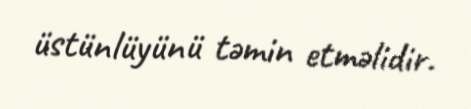
üstünlüyünü təmin etməlidir.